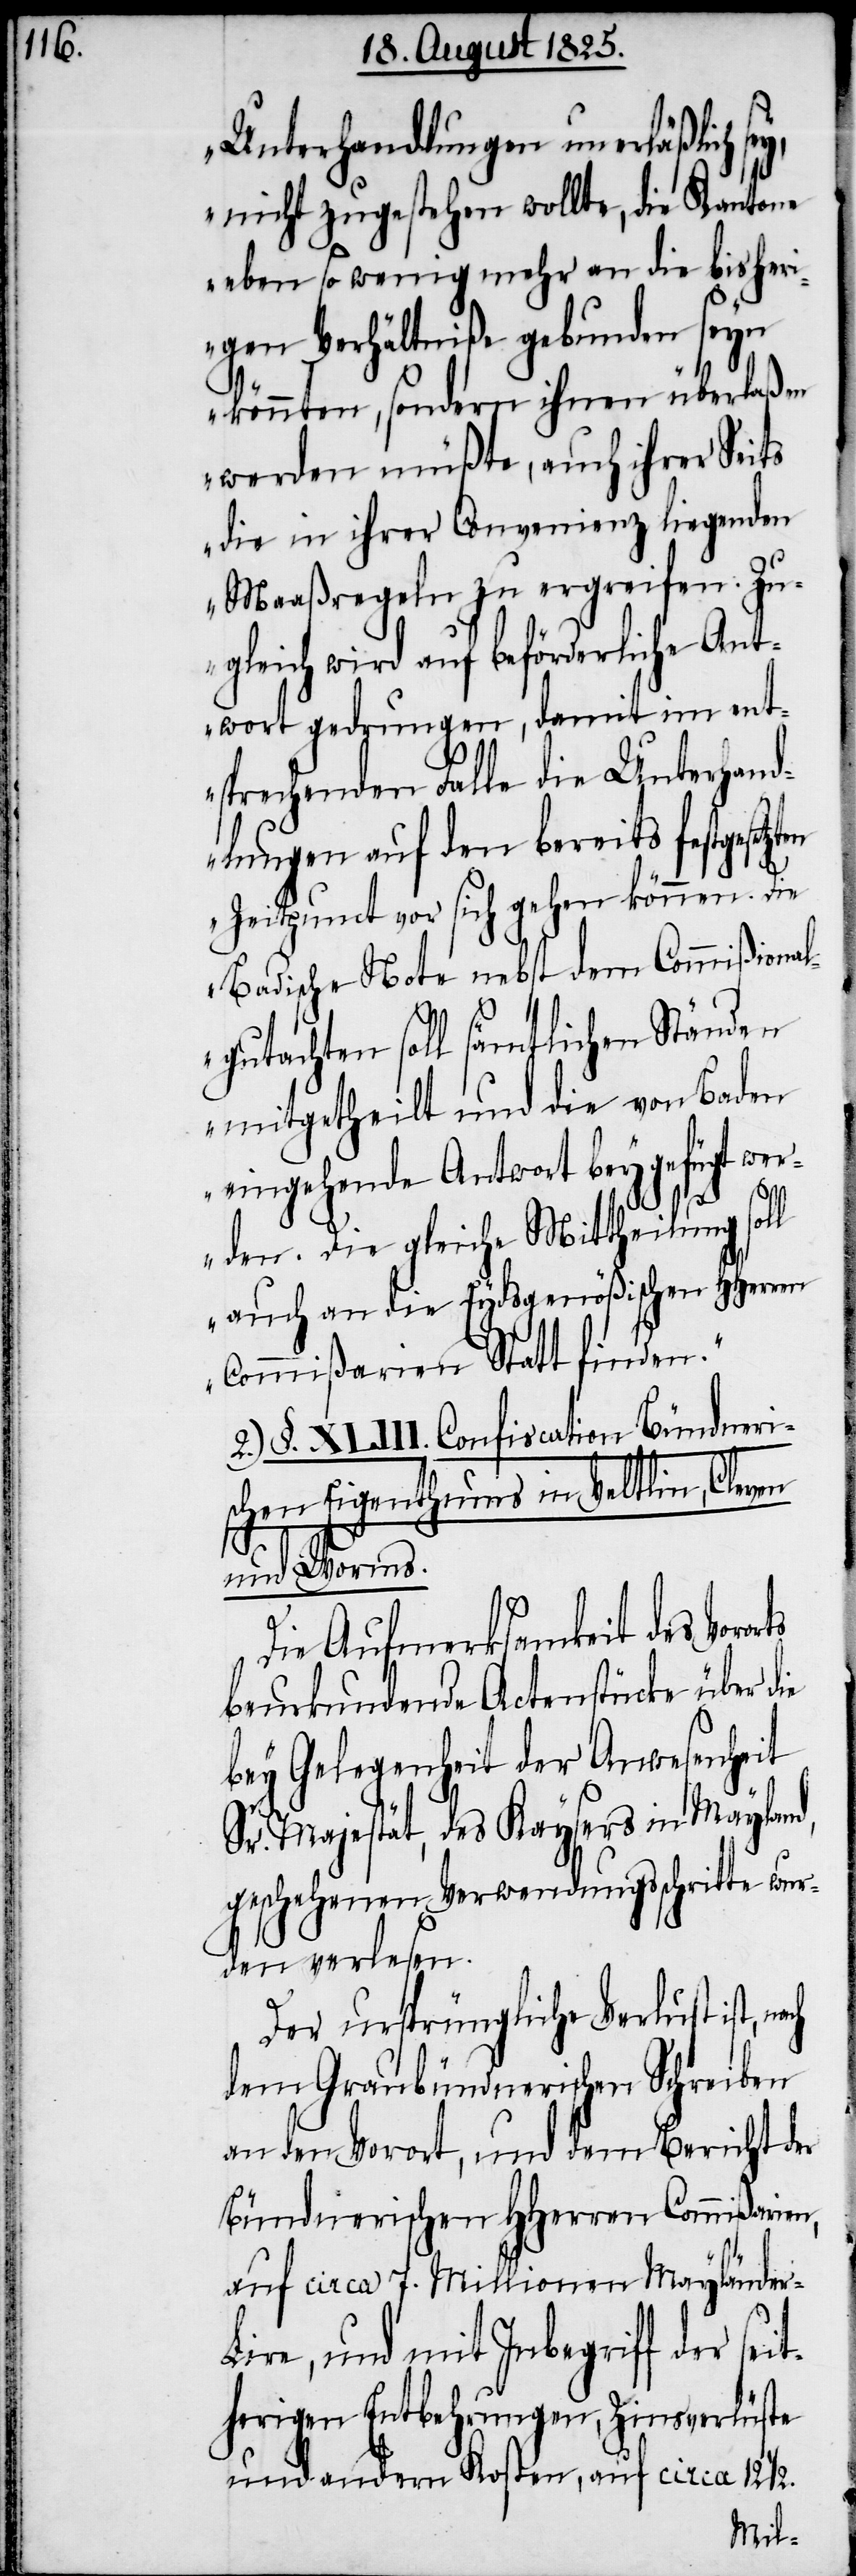
Unterhandlungen unerläßlich
nicht zugestehen wollte, die Kantone
eben so wenig mehr an die bisher¬
igen Verhältniße gebunden seyn
könnten, sondern ihnen überlaßen
werden müßte, auch ihrer Seits
die in ihrer Convenienz liegenden
Maaßregeln zu ergreifen. Zu¬
gleich wird auf beförderliche Ant¬
wort gedrungen, damit im ent¬
sprechenden Falle die Unterhand¬
lungen auf den bereits festgesetz¬
Zeitpunct vor sich gehen können. Die
Badische Note nebst dem Commißiona¬
l-Gutachten soll sämtlichen Ständen
mitgetheilt und die von Baden
eingehende Antwort beygefügt wer¬
r-L¬
den. Die gleiche Mittheilung soll
auch an die Eydsgenößischen HHerren
Comißarien Statt finden.“
2.) §. XLIII. Confiscation Bündneri¬
schen Eigenthums in Veltlin, Cleven
und Worms.
Die Aufmerksamkeit des Vor¬
beurkundende Actenstücke über die
bey Gelegenheit der Anwesenheit
Sr. Majestät, des Kaysers in Mayland,
geschehene Verwendungsschritte wur¬
den verlesen.
Der ursprüngliche Verlust ist,
dem Graubündnerischen Schreiben
an den Vorort, und dem Bericht der
Bündnerischen HHerren Comißarien,
auf circa 7. Millionen Maylände¬
ire, und mit Inbegriff der sei¬
therigen Entbehrungen, Zinsverlüste
und anderen Kosten, auf circa 12 1/2.